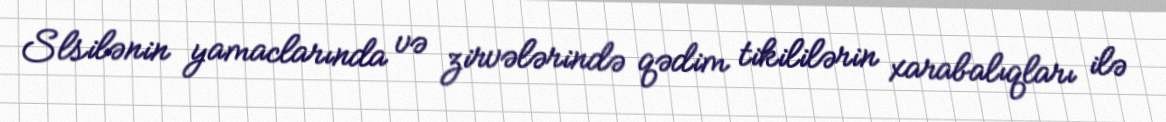
Slsilənin yamaclarında və zirvələrində qədim tikililərin xarabalıqları ilə